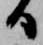
日